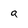
Character: a